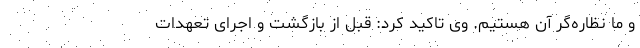
و ما نظاره‌گر آن هستیم. وی تاکید کرد: قبل از بازگشت و اجرای تعهدات